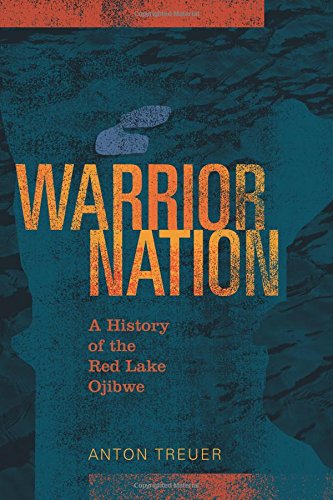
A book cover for Warrior Nation: A History of the Red Lake Ojibwe; Anton Treuer; History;